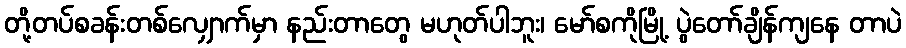
တို့တပ်စခန်းတစ်လျှောက်မှာ နည်းတာတွေ မဟုတ်ပါဘူး၊ မော်စကိုမြို့ ပွဲတော်ချိန်ကျနေ တာပဲ